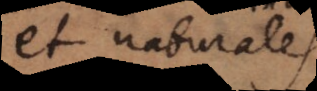
et naturales,